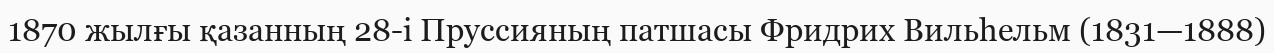
1870 жылғы қазанның 28-і Пруссияның патшасы Фридрих Вильһельм (1831—1888)